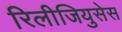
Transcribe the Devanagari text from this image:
रिलीजियुसेस